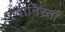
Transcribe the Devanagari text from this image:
दानिस्ता